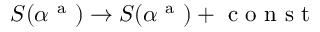
S ( \alpha ^ { \mathrm { ~ a ~ } } ) \rightarrow S ( \alpha ^ { \mathrm { ~ a ~ } } ) + \mathrm { ~ c ~ o ~ n ~ s ~ t ~ }